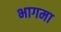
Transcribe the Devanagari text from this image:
भागमा